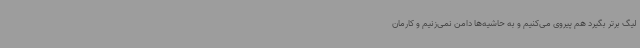
لیگ برتر بگیرد هم پیروی می‌کنیم و به حاشیه‌ها دامن نمی‌زنیم و کارمان